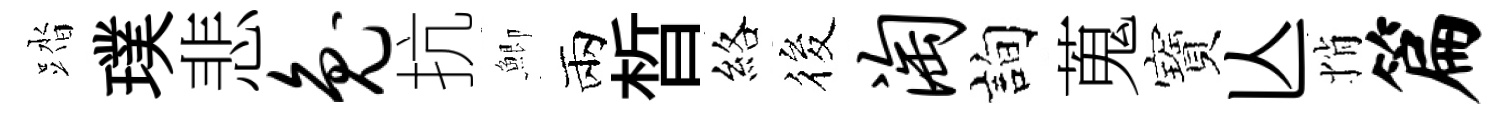
踏璞悲兔抗鯽兩晳絡筱淘詢蒐寶亾悄篇